Regulations for the medical services of the Army of India
Year: 1930
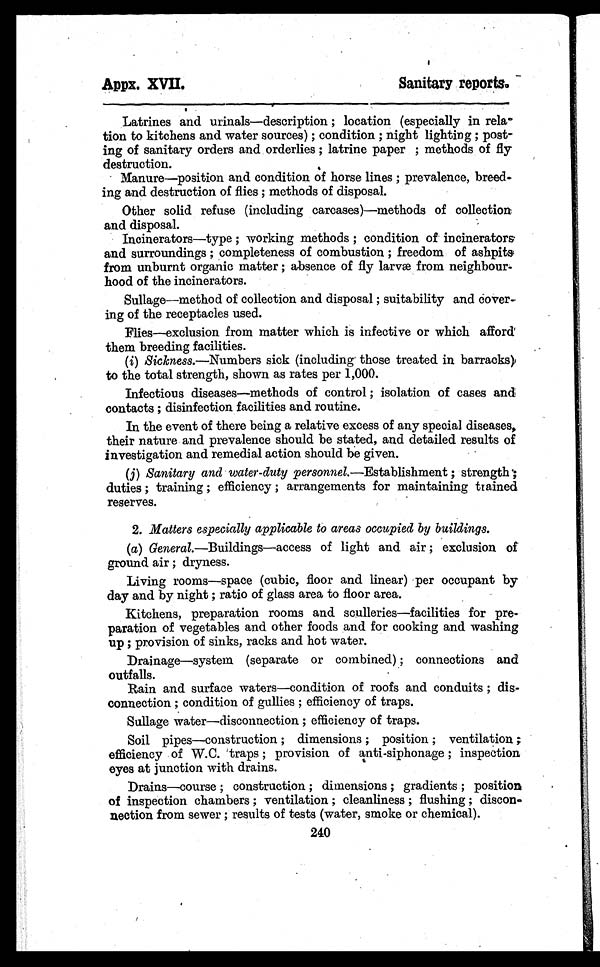
Appx. XVII.
Sanitary reports.
Latrines and urinals—description ; location (especially in rela-
tion to kitchens and water sources) ; condition ; night lighting ; post-
ing of sanitary orders and orderlies ; latrine paper ; methods of fly
destruction.
Manure—position and condition of horse lines ; prevalence, breed-
ing and destruction of flies ; methods of disposal.
Other solid refuse (including carcases)—methods of collection
and disposal.
Incinerators—type ; working methods ; condition of incinerators
and surroundings ; completeness of combustion ; freedom of ashpits
from unburnt organic matter ; absence of fly larvæ from neighbour-
hood of the incinerators.
Sullage—method of collection and disposal ; suitability and
cover-ing of the receptacles used.
Flies—exclusion from matter which is infective or which afford
them breeding facilities.
(i) Sickness.—Numbers sick (including those treated in barracks)
to the total strength, shown as rates per 1,000.
Infectious diseases—methods of control ; isolation of cases and
contacts ; disinfection facilities and routine.
In the event of there being a relative excess of any special diseases,
their nature and prevalence should be stated, and detailed results of
investigation and remedial action should be given.
(j) Sanitary and water-duty personnel.—Establishment ; strength ;
duties ; training ; efficiency ; arrangements for maintaining trained
reserves.
2. Matters especially applicable to areas occupied by buildings.
(a) General.—Buildings—access of light and air ; exclusion of
ground air ; dryness.
Living rooms—space (cubic, floor and linear) per occupant by
day and by night ; ratio of glass area to floor area.
Kitchens, preparation rooms and sculleries—facilities for pre-
paration of vegetables and other foods and for cooking and washing
up ; provision of sinks, racks and hot water.
Drainage—system (separate or combined) ; connections and
outfalls.
Rain and surface waters—condition of roofs and conduits ; dis-
connection ; condition of gullies ; efficiency of traps.
Sullage water—disconnection ; efficiency of traps.
Soil pipes—construction ; dimensions ; position ; ventilation ;
efficiency of W.C. traps ; provision of anti-siphonage ; inspection
eyes at junction with drains.
Drains—course ; construction ; dimensions ; gradients ; position
of inspection chambers ; ventilation ; cleanliness ; flushing ; discon-
nection from sewer ; results of tests (water, smoke or chemical).
240